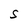
Character: S